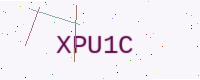
Text: XPU1C